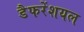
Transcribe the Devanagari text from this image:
डैफरेंशयल